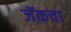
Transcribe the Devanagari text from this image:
जॅकचा